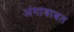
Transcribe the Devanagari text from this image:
अंगाबाबत